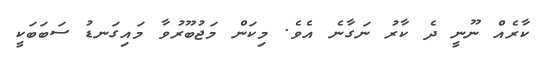
ކާރެއް ނޫނީ ދެ ކާރު ނަގާނެ އެވެ. މިކަން މަޖުބޫރުވާ މައިގަނޑު ސަބަބަކީ